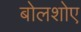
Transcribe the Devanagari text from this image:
बोलशोए